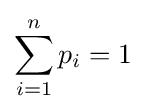
\sum _{i=1}^{n}p_{i}=1